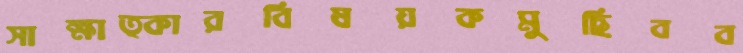
সাক্ষাত্কারবিষয়কমুছিবব